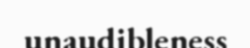
unaudibleness